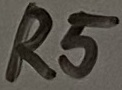
Text: R5